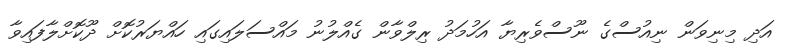
އަދި މިނިވަން ނިއުސްގެ ނޫސްވެރިޔާ އަހުމަދު ރިލްވާން ގެއްލުނު މައްސަލައިގައި ހައްޔަރުކޮށް ދޫކޮށްލާފައިވާ